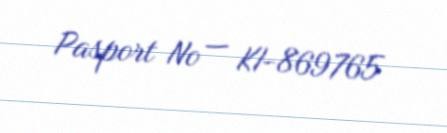
Pasport № — KI-869765